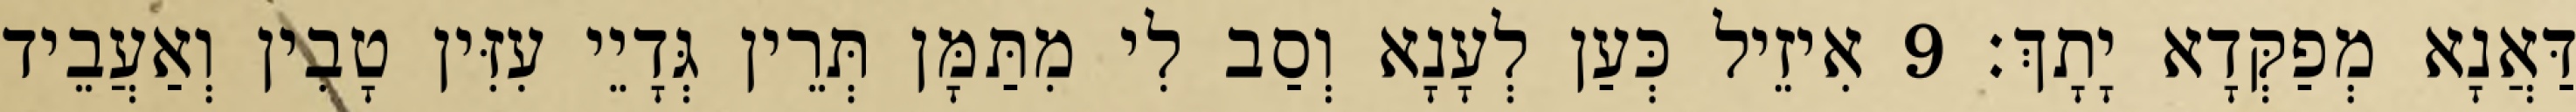
דַּאֲנָא מְפַקְּדָא יָתָךְ׃ 9 אִיזֵיל כְּעַן לְעָנָא וְסַב לִי מִתַּמָּן תְּרֵין גְּדָיֵי עִזִּין טָבִין וְאַעֲבֵיד